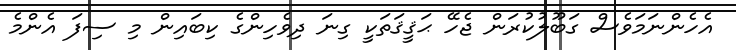
އެހެންނަމަވެސް ގަބޫލުކުރަން ޖެހޭ ޙަޤީޤަތަކީ ގިނަ ދިވެހިންގެ ކިބައިން މި ސިފަ އެންމެ